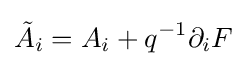
{\tilde {A}}_{i}=A_{i}+q^{-1}\partial _{i}F